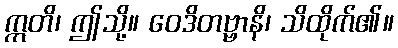
ဣတိ၊ ဤသို့။ ဝေဒိတဗ္ဗာနိ၊ သိထိုက်၏။